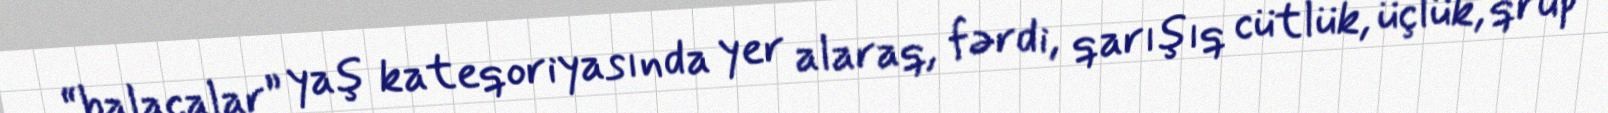
“balacalar” yaş kateqoriyasında yer alaraq, fərdi, qarışıq cütlük, üçlük, qrup